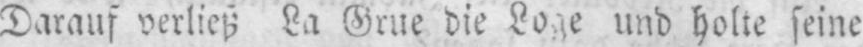
Darauf verließ La Grue die Loge und holte seine